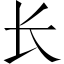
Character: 长